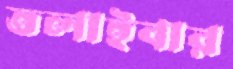
তলাইবার